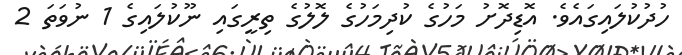
ހުދުކުލައިގައެވެ. އޮޑިދޮށު މަހުގެ ކުދިމަހުގެ ލޮލުގެ ތިރީގައި ނޫކުލައިގެ 1 ނުވަތަ 2